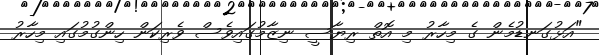
"އަޅުގަނޑުމެން ގެ މިހާރު މި އޮތް ރިޔާސީ ނިޒާމުގައިވެސް ވެރިކަން ހިންގުމުގައި މިހާރު